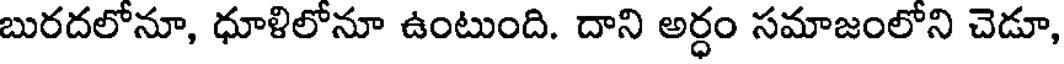
బురదలోనూ, ధూళిలోనూ ఉంటుంది. దాని అర్ధం సమాజంలోని చెడూ,